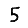
Digit: 5